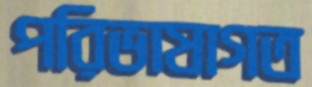
পরিভাষাগত